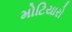
મોટિયારો